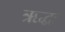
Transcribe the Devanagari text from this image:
ऋद्धः